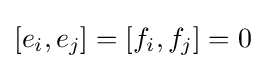
[e_{i},e_{j}]=[f_{i},f_{j}]=0\